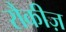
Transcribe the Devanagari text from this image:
रौकीज़